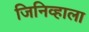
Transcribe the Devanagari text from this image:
जिनिव्हाला